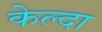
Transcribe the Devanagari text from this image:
केल्दा